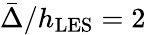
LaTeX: \bar{\Delta}/h_{\mathrm{LES}}=2